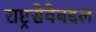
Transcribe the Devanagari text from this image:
राष्ट्रसेवेबद्दल